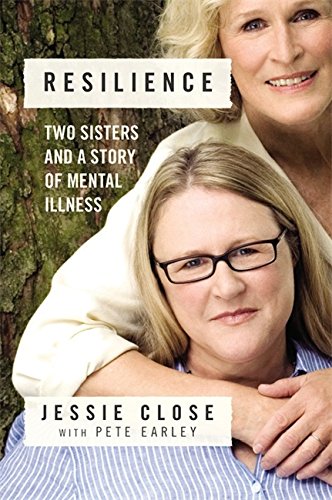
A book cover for Resilience: Two Sisters and a Story of Mental Illness; Jessie Close; Parenting & Relationships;